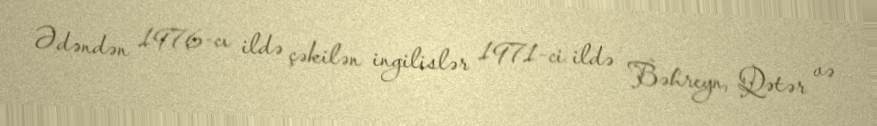
Ədəndən 1976-cı ildə çəkilən ingilislər 1971-ci ildə Bəhreyn, Qətər və